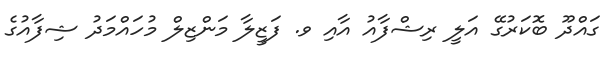
ގައްދޫ ބޮކަރުގޭ އަލީ ރިޝްފާއު އާއި ވ. ފަޒީލާ މަންޒިލް މުހައްމަދު ޝިފާއުގެ